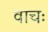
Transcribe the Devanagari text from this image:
वाचः